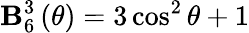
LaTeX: \mathbf{B}_{6}^{3}\left(\theta\right)=3\cos^{2}\theta+1